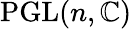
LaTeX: \operatorname{PGL}(n,\mathbb{C})